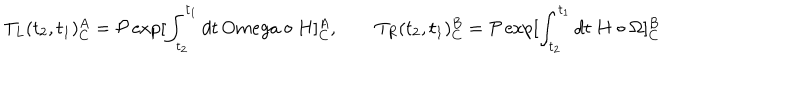
T _ { L } ( t _ { 2 } , t _ { 1 } ) _ { C } ^ { A } = { \cal P } \exp [ \int _ { t _ { 2 } } ^ { t _ { 1 } } d t \, O m e g a \circ H ] _ { C } ^ { A } , \qquad T _ { R } ( t _ { 2 } , t _ { 1 } ) _ { C } ^ { B } = { \cal P } \exp [ \int _ { t _ { 2 } } ^ { t _ { 1 } } d t \ H \circ \Omega ] _ { C } ^ { B }